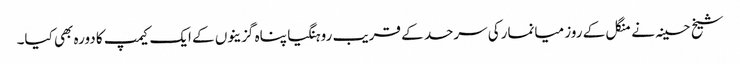
شیخ حسینہ نے منگل کے روز میانمارکی سرحد کے قریب روہنگیا پناہ گزینوں کے ایک کیمپ کا دورہ بھی کیا۔